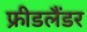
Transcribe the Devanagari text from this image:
फ्रीडलैंडर